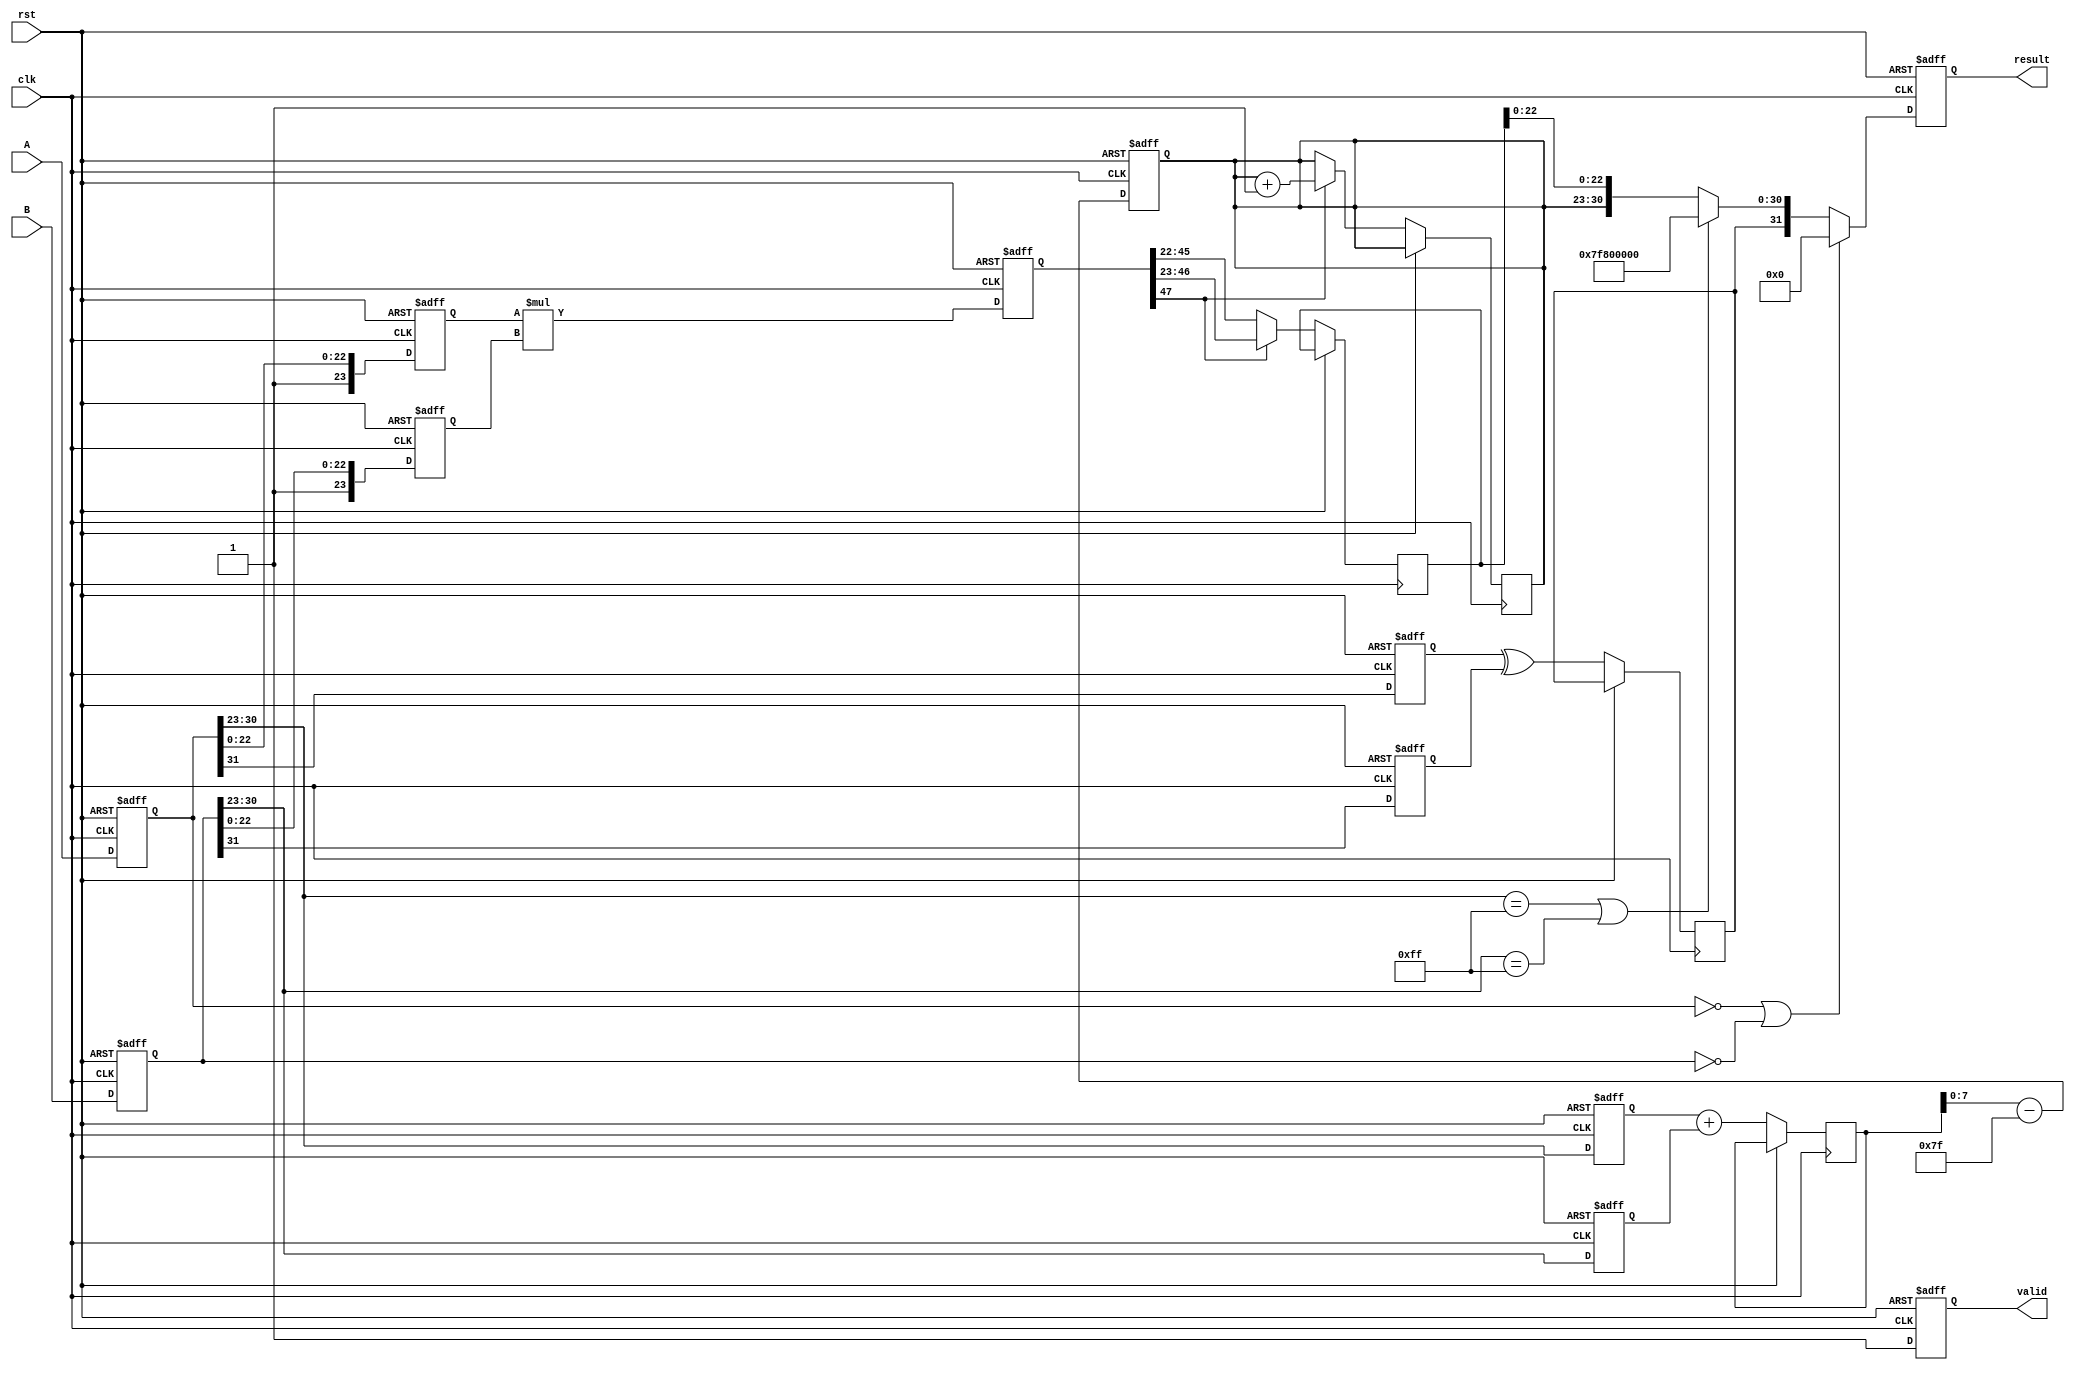
module fp_multiplier (
    input clk,
    input rst,
    input [31:0] A, // First floating-point input
    input [31:0] B, // Second floating-point input
    output reg [31:0] result, // Result of multiplication
    output reg valid // Indicates when the result is valid
);

    // Pipeline registers
    reg [31:0] A_reg, B_reg;
    reg sign_a, sign_b, sign_result;
    reg [7:0] exp_a, exp_b, exp_result;
    reg [23:0] mant_a, mant_b, mant_result;
    reg [47:0] mant_product; // Intermediate product of mantissas
    reg [8:0] exp_sum; // To hold the sum of exponents

    // Constants
    localparam BIAS = 8'd127;

    // Stage 1: Input Capture
    always @(posedge clk or posedge rst) begin
        if (rst) begin
            A_reg <= 32'b0;
            B_reg <= 32'b0;
        end else begin
            A_reg <= A;
            B_reg <= B;
        end
    end

    // Stage 2: Sign Calculation
    always @(posedge clk or posedge rst) begin
        if (rst) begin
            sign_a <= 1'b0;
            sign_b <= 1'b0;
        end else begin
            sign_a <= A_reg[31];
            sign_b <= B_reg[31];
            sign_result <= sign_a ^ sign_b; // XOR for sign of the result
        end
    end

    // Stage 3: Exponent Calculation
    always @(posedge clk or posedge rst) begin
        if (rst) begin
            exp_a <= 8'b0;
            exp_b <= 8'b0;
            exp_result <= 8'b0;
        end else begin
            exp_a <= A_reg[30:23];
            exp_b <= B_reg[30:23];
            exp_sum <= exp_a + exp_b; // Add exponents
            exp_result <= exp_sum - BIAS; // Subtract bias
        end
    end

    // Stage 4: Mantissa Calculation
    always @(posedge clk or posedge rst) begin
        if (rst) begin
            mant_a <= 24'b0;
            mant_b <= 24'b0;
            mant_product <= 48'b0;
        end else begin
            mant_a <= {1'b1, A_reg[22:0]}; // Normalize mantissa A
            mant_b <= {1'b1, B_reg[22:0]}; // Normalize mantissa B
            mant_product <= mant_a * mant_b; // Multiply mantissas
        end
    end

    // Stage 5: Result Construction
    always @(posedge clk or posedge rst) begin
        if (rst) begin
            result <= 32'b0;
            valid <= 1'b0;
        end else begin
            // Normalize the mantissa product
            if (mant_product[47]) begin
                mant_result <= mant_product[46:23]; // Shift right if overflow
                exp_result <= exp_result + 1; // Increment exponent
            end else begin
                mant_result <= mant_product[45:22]; // Normal case
            end

            // Handle special cases (zero, infinity, NaN)
            if (A_reg == 32'b0 || B_reg == 32'b0) begin
                result <= 32'b0; // Zero case
            end else if (A_reg[30:23] == 8'hFF || B_reg[30:23] == 8'hFF) begin
                result <= {sign_result, 8'hFF, 23'b0}; // Infinity case
            end else begin
                result <= {sign_result, exp_result[7:0], mant_result[22:0]};
            end

            valid <= 1'b1; // Indicate result is valid
        end
    end

endmodule